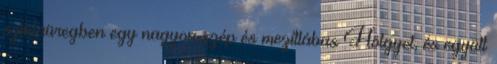
sziklaüregben egy nagyon szép és mezítlábas Hölgyet, és együtt